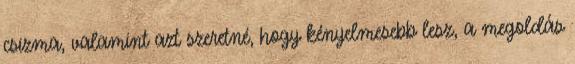
csizma, valamint azt szeretné, hogy kényelmesebb lesz, a megoldás